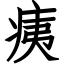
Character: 痍